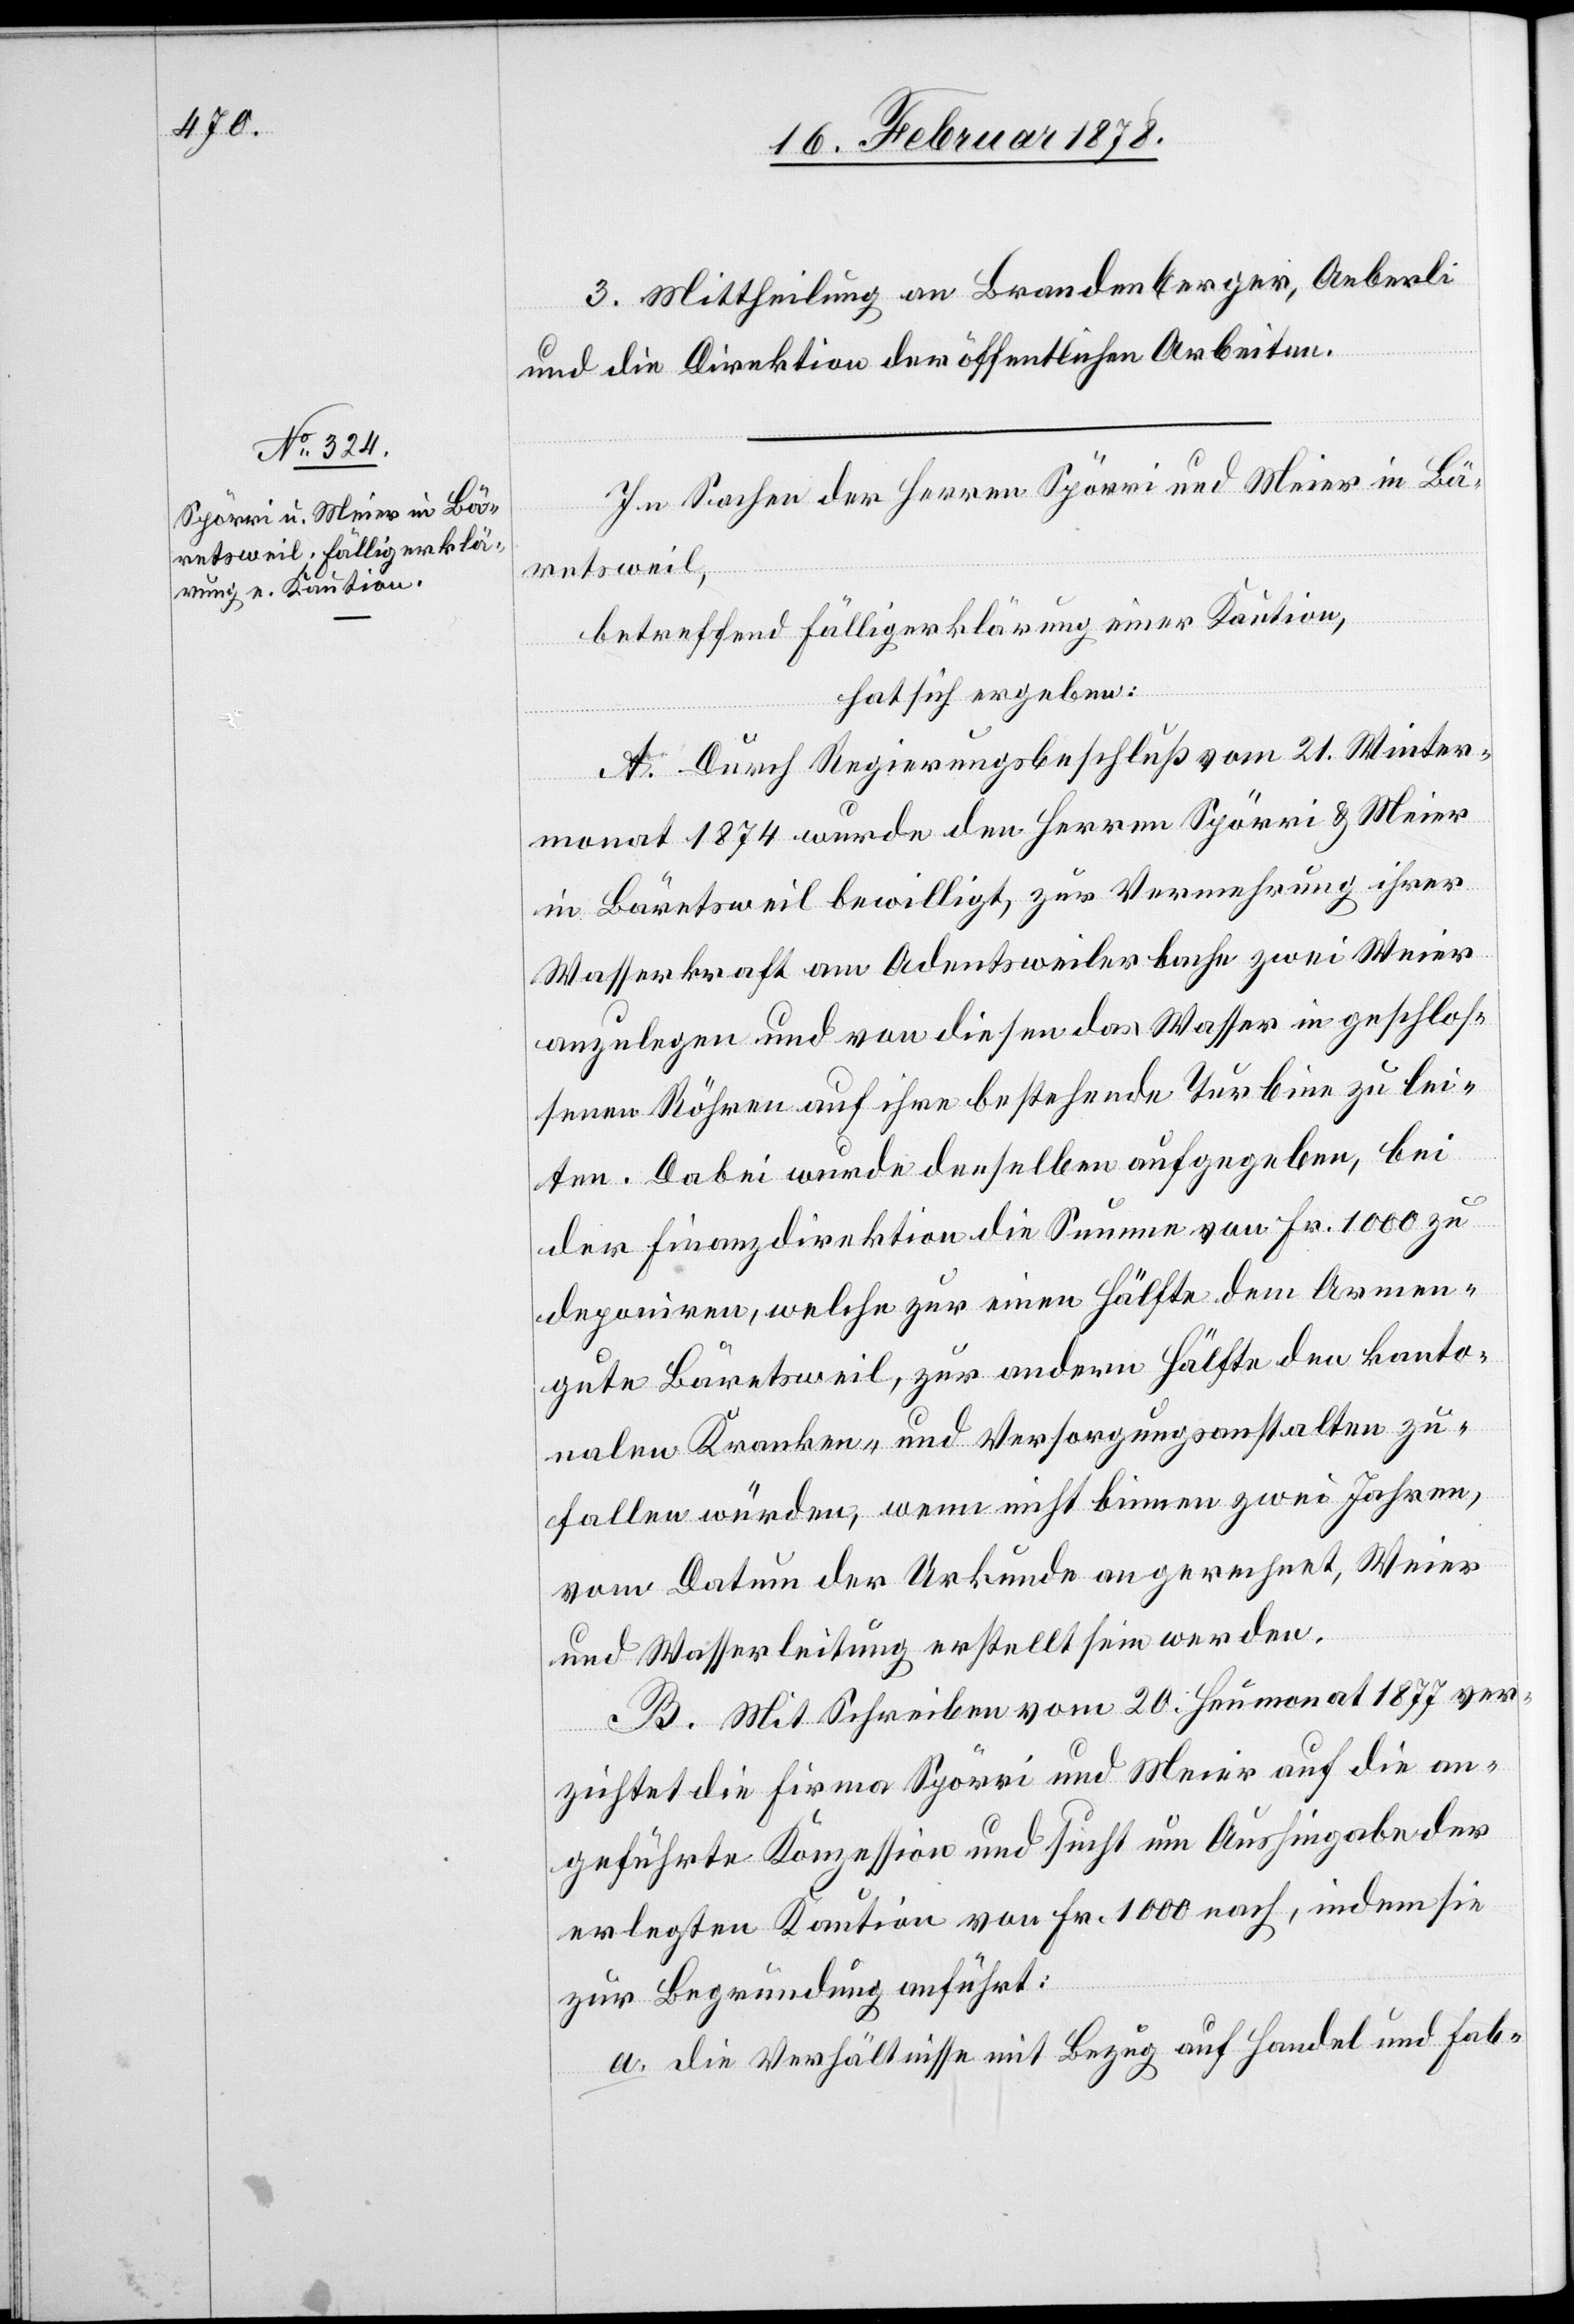
3. Mittheilung an Brandenberger, Aeberli
und die Direktion der öffentlichen Arbeiten.
In Sachen der Herren Spörri und Meier in Bä¬
retsweil,
betreffend Fälligerklärung einer Kaution,
hat sich ergeben:
A. Durch Regierungsbeschluß vom 21. Winter¬
monat 1874 wurde den Herren Spörri & Meier
in Bäretsweil bewilligt, zur Vermehrung ihrer
Wasserkraft am Adentsweilerbache zwei Weier
anzulegen und von diesen das Wasser in geschlos¬
senen Röhren auf ihre bestehende Turbine zu lei¬
ten. Dabei wurde denselben aufgegeben, bei
der Finanzdirektion die Summe von Fr. 1000 zu
deponiren, welche zur einen Hälfte dem Armen¬
gute Bärentsweil, zur andern Hälfte den kanto¬
nalen Kranken- und Versorgungsanstalten zu¬
fallen würde, wenn nicht binnen zwei Jahren,
vom Datum der Urkunde an gerechnet, Weier
und Wasserleitung erstellt sein werden.
B. Mit Schreiben vom 20. Heumonat 1877 ver¬
zichtet die Firma Spörri und Meier auf die an¬
geführte Konzession und sucht um Aushingabe der
erlegten Kaution von Fr. 1000 nach, indem sie
zur Begründung anführt:
a. Die Verhältnisse mit Bezug auf Handel und Fab-